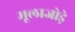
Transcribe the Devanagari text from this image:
मूलाजोड़े